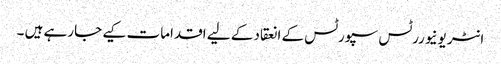
انٹر یونیوررٹس سپورٹس کے انعقاد کے لیے اقدامات کیے جارہے ہیں ۔